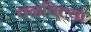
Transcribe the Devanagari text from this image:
वळविल्या